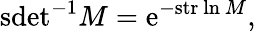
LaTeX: \mathrm{sdet}^{-1}M=\mathrm{e}^{-\mathrm{str}\ \mathrm{ln}\ M},